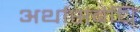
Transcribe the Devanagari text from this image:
अर्थासंबंधि